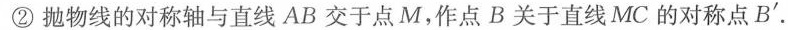
②抛物线的对称轴与直线AB交于点M，作点B关于直线MC的对称点B'.